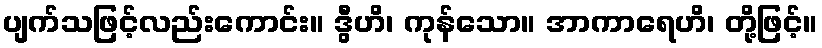
ပျက်သဖြင့်လည်းကောင်း။ ဒွီဟိ၊ ကုန်သော။ အာကာရေဟိ၊ တို့ဖြင့်။